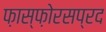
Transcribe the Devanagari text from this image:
फ़ास्फ़ोरसप्रद